Lunatic asylums in Bengal annual reports 1888-1898 - 1888-1898
Year: 1888
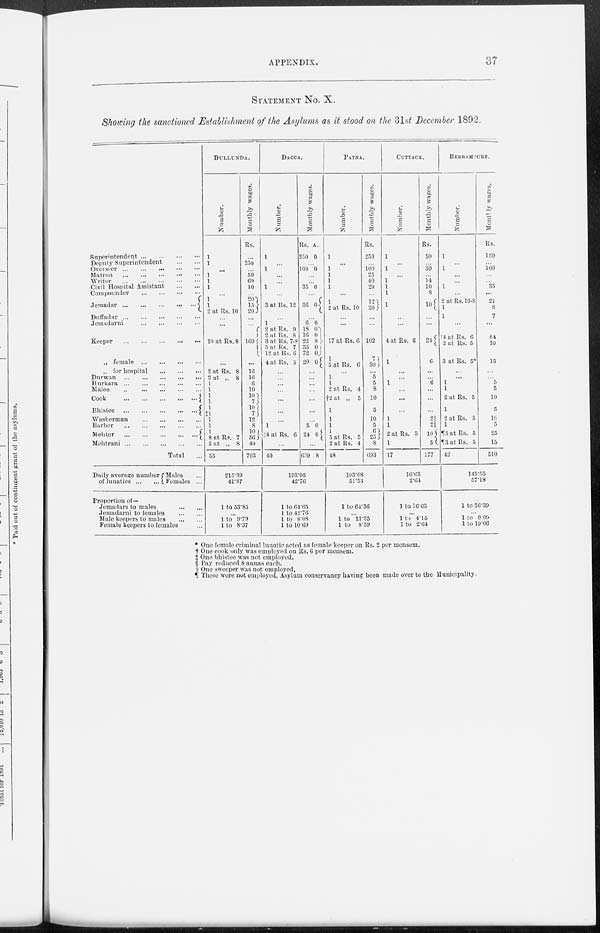
APPENDIX.
37
STATEMENT No. X.
Showing the sanctioned Establishment of the Asylums as it stood on the 31st December 1892.
Superintendent
...
...
...
...
Deputy Superintendent
...
...
Overseer
...
...
...
...
...
Matron
...
...
...
...
...
Writer
...
...
...
...
...
Civil Hospital Assistant
...
...
Compounder
...
...
...
...
Jemadar
...
...
...
...
...
Duffadar
...
...
...
...
...
Jemadarni ... ... ... ...
Keeper
...
...
...
...
...
„ female
...
...
...
...
„ for hospital ... ... ...
Durwan
...
...
...
...
...
Hurkara
...
...
...
...
...
Malee
...
...
...
...
...
Cook
...
...
...
...
...
Bhistee
...
...
...
...
...
Washerman ... ... ... ... ...
Barber
...
...
...
...
...
Mehter
...
...
...
...
...
Mehtrani
...
...
...
...
...
Total ...
Daily average number
of lunatics
...
...
Males ...
Females ...
Proportion of—
Jemadars to males
...
...
Jemadarni to females ... ...
Male keepers to males
...
...
Female keepers to females ...
DULLUNDA.
Number.
...
...
...
...
...
...
...
1
1
2 at Rs. 10
...
...
20 at Rs. 8
...
2 at Rs. 8
2 at „ 8
1
1
1
1
1
‡1 1
1
1
8 at Rs. 7
5 at „ 8
55
Monthly wages.
Rs.
...
250
...
50
60
10
...
20
15
20
...
...
160
...
16
16
6
10
10
7
10
7
12
8
10
56
40
793
215.39
41.87
1 to 53.85
...
1 to 9.79
1 to 8.37
DACCA.
Number.
1
...
1
...
...
1
...
3 at Rs. 12
...
1
2 at Rs. 9
2 at Rs. 8
3 at Rs. 7-8
5 at Rs. 7
12 at Rs. 6
4 at Rs. 5
...
...
...
...
...
...
...
...
1
||4 at Rs. 6
...
40
Monthly wage3.
Rs.
250
A.
0
...
100 0
...
...
35 0
...
36 0
...
6
18
16
22
35
72
20
0
0 0
8
0
0
0
...
...
...
...
...
...
...
5
24
0
0
...
639 8
193.95
42.76
1 to 64.65
1 to 42.76
1 to 8.08
1 to 10.69
PATNA.
Number.
1
...
1
1
1
1
...
1
2 at Rs. 10
...
...
17 at Rs. 6
1
5 at Rs. 6
...
1
1
2 at Rs. 4
†2 at „ 5
1
1
1
...
5 at Rs. 5
2 at Rs. 4
48
Monthly wages.
Rs.
250
...
100
25
40
20
...
12
20
...
...
102
7
30
...
5
5
8
10
5
10
5
6
25
8
693
193.08
51.53
1 to 64.36
...
1 to 11.35
1 to 8.59
CUTTACK.
Number.
1
...
1
...
1
1
1
1
...
...
4 at Rs. 6
1
...
...
1
...
...
...
1
1
2 at Rs. 5
1
17
Monthly wages.
Rs.
50
...
30
...
14
10
8
10
...
...
24
6
...
...
6
...
...
...
2§
2§
10
5
177
16.63
2.64
1 to 16.63
...
1 to 4.15
1 to 2.64
BERHAMPORE.
Number.
...
...
...
...
...
...
...
2 at Rs. 10-8
1
1
...
||4 at Rs.
6
2 at Rs. 5
3 at Rs. 5*
...
...
1
1
2 at Rs. 5
1
2 at Rs. 5
1
¶5 at Rs. 5
¶3 at Rs. 5
42
Montlly wages.
Rs.
150
...
100
...
...
35
...
21
8
7
...
84
10
15
...
...
5
5
10
5
10
5
25
15
510
145.55
57.18
1 to 36.39
...
1 to 9.09
1 to 19.06
* One female criminal lunatic acted as female keeper on Rs. 2 per mensem.
† One cook only was employed on Rs. 6 per mensem.
‡ One bhistee was not employed.
§ Pay reduced 8 annas each.
|| One sweeper was not employed.
¶ These were not employed, Asylum conservancy having been made over to the Municipality.